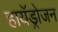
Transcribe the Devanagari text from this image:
हायॅड्रोजन